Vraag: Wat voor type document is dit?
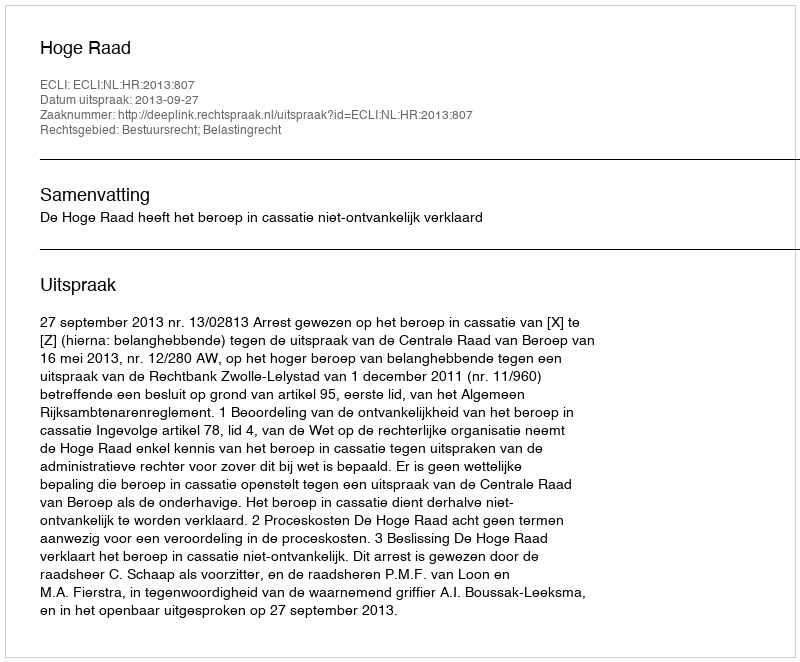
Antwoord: Uitspraak